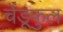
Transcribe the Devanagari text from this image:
चेंडूफुल